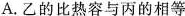
A.乙的比热容与丙的相等